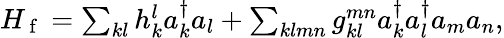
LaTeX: \begin{array}{r}{H_{\mathrm{~f~}}=\sum_{kl}h_{k}^{l}a_{k}^{\dagger}a_{l}+\sum_{klmn}g_{kl}^{mn}a_{k}^{\dagger}a_{l}^{\dagger}a_{m}a_{n},}\end{array}